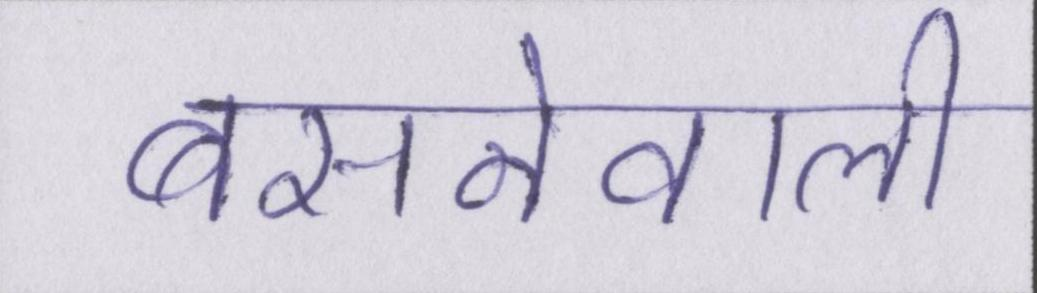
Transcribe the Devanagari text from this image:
बसनेवाली